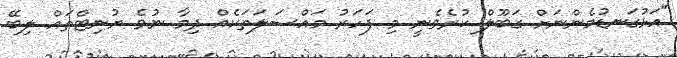
"އަޅުގަނޑުމެންނަށް ގަބޫލް ކުރެވެނީ މި ފަހަރު މައްސަލަތަކެއް ދިމާ ނުވެ ޔުނިޓްތައް ލިބޭ